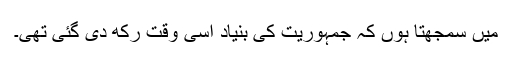
میں سمجھتا ہوں کہ جمہوریت کی بنیاد اُسی وقت رکھ دی گئی تھی۔